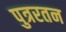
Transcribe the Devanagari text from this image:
पुत्ररतन